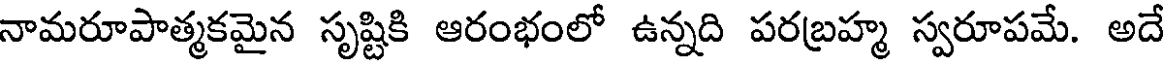
నామరూపాత్మకమైన సృష్టికి ఆరంభంలో ఉన్నది పరబ్రహ్మ స్వరూపమే. అదే